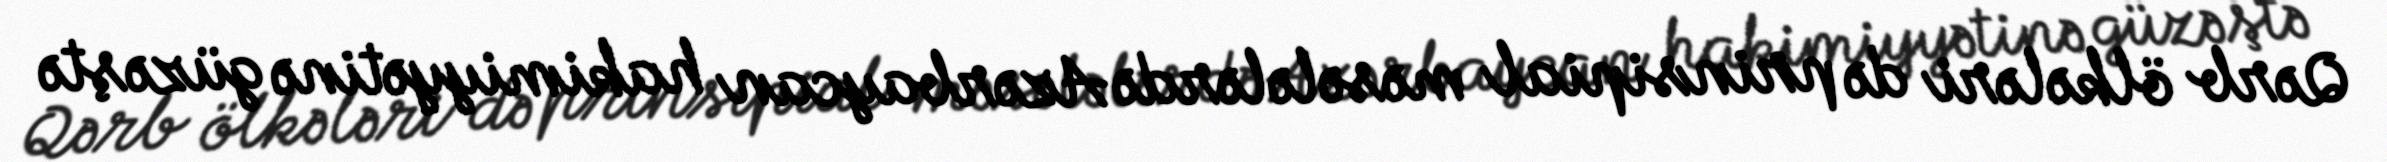
Qərb ölkələri də prinsipial məsələlərdə Azərbaycan hakimiyyətinə güzəştə